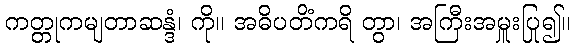
ကတ္တုကမျတာဆန္ဒံ၊ ကို။ အဓိပတိံကရိ တွာ၊ အကြီးအမှူးပြု၍။